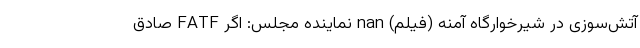
آتش‌سوزی در شیرخوارگاه آمنه (فیلم) nan نماینده مجلس: اگر FATF صادق